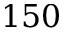
1 5 0